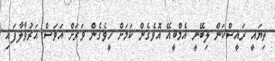
ތިޔައީ ރައީސްކަން ލިބޭނީ އެމްބީއޭ އޮވެގެން ކަމަށް ހީވެގެން ވަރަށް އަވަސް އަރުވާލާފައި